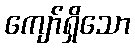
ကျော်ရှိသော